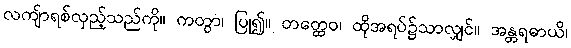
လကျ်ာရစ်လှည့်သည်ကို။ ကတွာ၊ ပြု၍။ တတ္ထေဝ၊ ထိုအရပ်၌သာလျှင်။ အန္တရဓာယိ၊